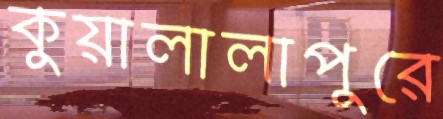
কুয়ালালাপুরে